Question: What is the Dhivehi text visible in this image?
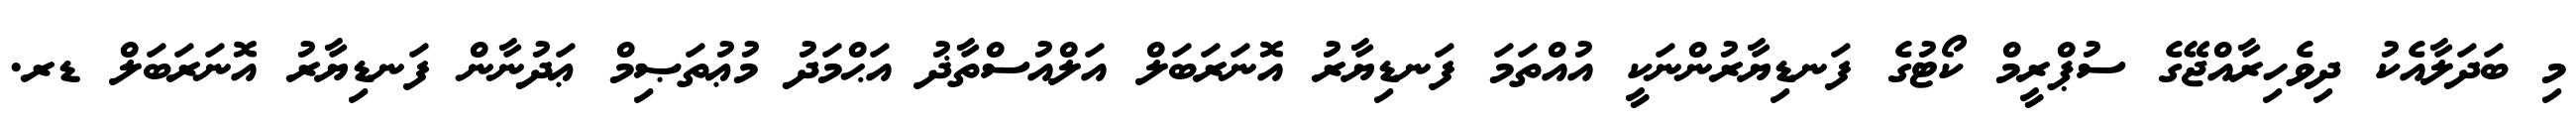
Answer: މި ބަދަލާއެކު ދިވެހިރާއްޖޭގެ ސުޕްރީމް ކޯޓުގެ ފަނޑިޔާރުންނަކީ އުއްތަމަ ފަނޑިޔާރު އޮނަރަބަލް އަލްއުސްތާޛު އަޙްމަދު މުޢުތަޞިމް ޢަދުނާން ފަނޑިޔާރު އޮނަރަބަލް ޑރ.